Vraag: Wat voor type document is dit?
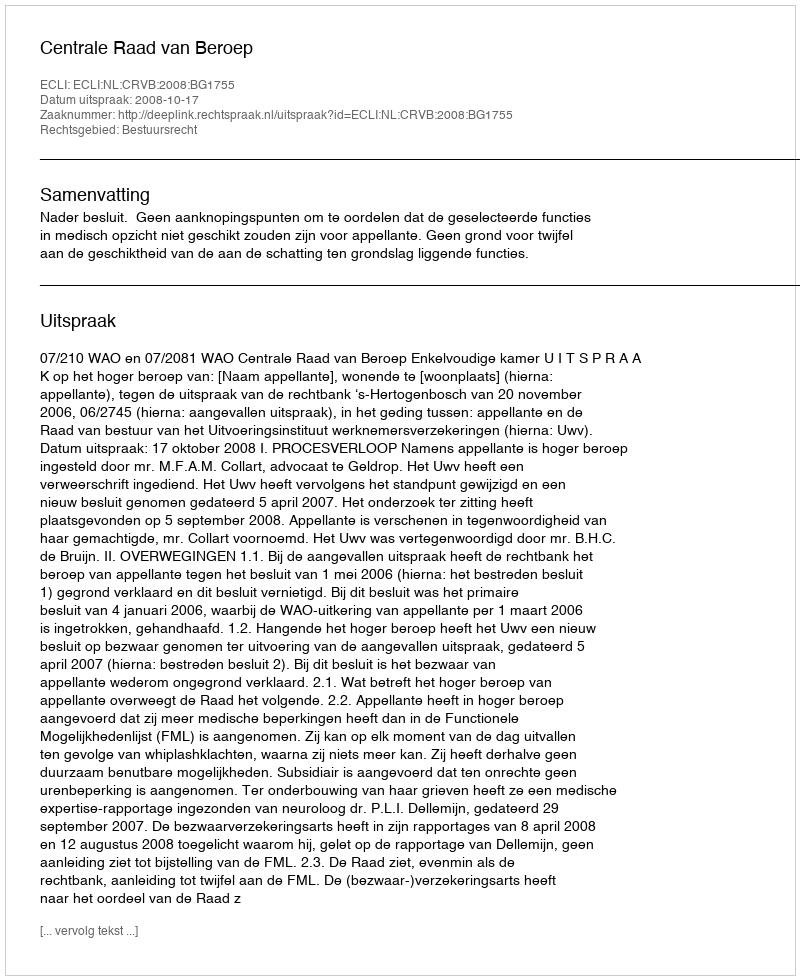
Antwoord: Uitspraak